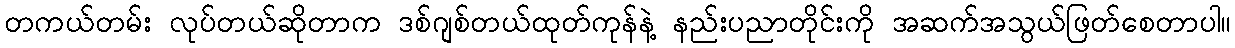
တကယ်တမ်း လုပ်တယ်ဆိုတာက ဒစ်ဂျစ်တယ်ထုတ်ကုန်နဲ့ နည်းပညာတိုင်းကို အဆက်အသွယ်ဖြတ်စေတာပါ။